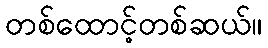
တစ်ထောင့်တစ်ဆယ်။